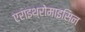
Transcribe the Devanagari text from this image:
एराइथ्रोमाइसिन